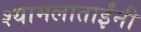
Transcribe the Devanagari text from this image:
श्यामलाताईंनी